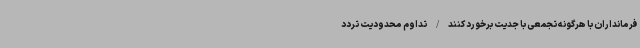
فرمانداران با هرگونه تجمعی با جدیت برخورد کنند/تداوم محدودیت تردد